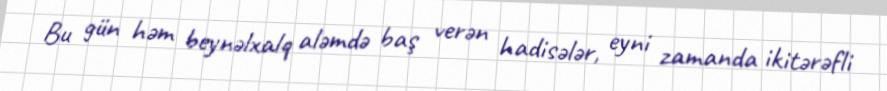
Bu gün həm beynəlxalq aləmdə baş verən hadisələr, eyni zamanda ikitərəfli